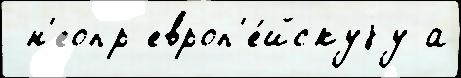
 н'еопр европ'е́йскуjу а